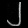
Digit: ၂